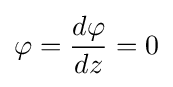
\varphi ={d\varphi  \over dz}=0